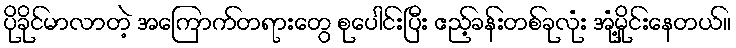
ပိုခိုင်မာလာတဲ့ အကြောက်တရားတွေ စုပေါင်းပြီး ဧည့်ခန်းတစ်ခုလုံး အုံ့မှိုင်းနေတယ်။